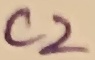
Text: C2